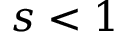
s < 1